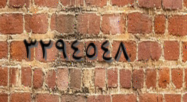
٣٢٩٤٥٤٨